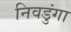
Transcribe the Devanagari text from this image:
निवडुंगा